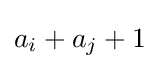
a_{i}+a_{j}+1